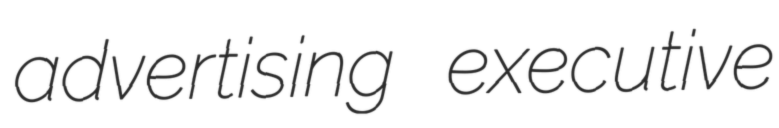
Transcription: advertising executive